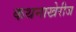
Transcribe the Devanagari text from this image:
कथनाखेरीज